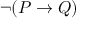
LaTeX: \neg ( P \rightarrow Q )